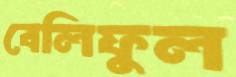
বেলিফুল